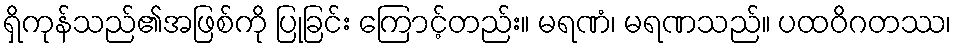
ရှိကုန်သည်၏အဖြစ်ကို ပြုခြင်း ကြောင့်တည်း။ မရဏံ၊ မရဏသည်။ ပထဝိဂတဿ၊